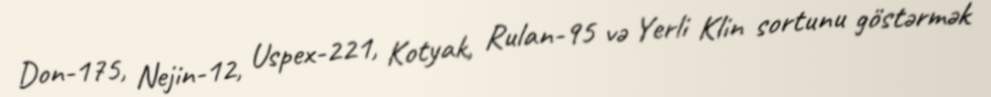
Don-175, Nejin-12, Uspex-221, Kotyak, Rulan-95 və Yerli Klin sortunu göstərmək